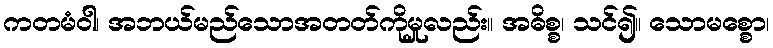
ကတမံဝါ၊ အဘယ်မည်သောအတတ်ကိုမှုလည်း။ အဓိစ္စ၊ သင်၍။ သောမစ္စော၊